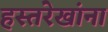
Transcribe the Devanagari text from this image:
हस्तरेखांना